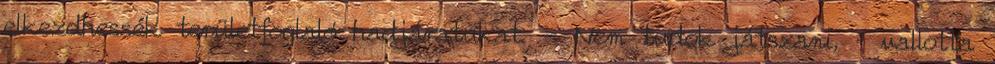
elkezdhessék területfoglaló hadjáratukat. - Nem tudok játszani, – vallotta